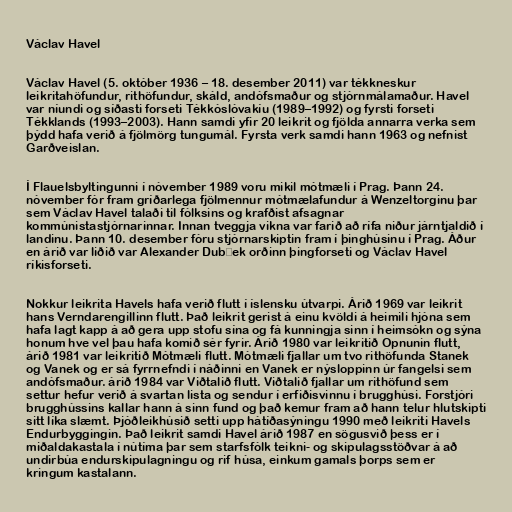
Václav Havel

Václav Havel (5. október 1936 – 18. desember 2011) var tékkneskur
leikritahöfundur, rithöfundur, skáld, andófsmaður og stjórnmálamaður. Havel
var níundi og síðasti forseti Tékkóslóvakíu (1989–1992) og fyrsti forseti
Tékklands (1993–2003). Hann samdi yfir 20 leikrit og fjölda annarra verka sem
þýdd hafa verið á fjölmörg tungumál. Fyrsta verk samdi hann 1963 og nefnist
Garðveislan.

Í Flauelsbyltingunni í nóvember 1989 voru mikil mótmæli í Prag. Þann 24.
nóvember fór fram gríðarlega fjölmennur mótmælafundur á Wenzeltorginu þar
sem Václav Havel talaði til fólksins og krafðist afsagnar
kommúnistastjórnarinnar. Innan tveggja vikna var farið að rífa niður járntjaldið í
landinu. Þann 10. desember fóru stjórnarskiptin fram í þinghúsinu í Prag. Áður
en árið var liðið var Alexander Dubček orðinn þingforseti og Václav Havel
ríkisforseti.

Nokkur leikrita Havels hafa verið flutt í íslensku útvarpi. Árið 1969 var leikrit
hans Verndarengillinn flutt. Það leikrit gerist á einu kvöldi á heimili hjóna sem
hafa lagt kapp á að gera upp stofu sína og fá kunningja sinn í heimsókn og sýna
honum hve vel þau hafa komið sér fyrir. Árið 1980 var leikritið Opnunin flutt,
árið 1981 var leikritið Mótmæli flutt. Mótmæli fjallar um tvo rithöfunda Stanek
og Vanek og er sá fyrrnefndi í náðinni en Vanek er nýsloppinn úr fangelsi sem
andófsmaður. árið 1984 var Viðtalið flutt. Viðtalið fjallar um rithöfund sem
settur hefur verið á svartan lista og sendur í erfiðisvinnu í brugghúsi. Forstjóri
brugghússins kallar hann á sinn fund og það kemur fram að hann telur hlutskipti
sitt líka slæmt. Þjóðleikhúsið setti upp hátíðasýningu 1990 með leikriti Havels
Endurbyggingin. Það leikrit samdi Havel árið 1987 en sögusvið þess er í
miðaldakastala í nútíma þar sem starfsfólk teikni- og skipulagsstöðvar á að
undirbúa endurskipulagningu og rif húsa, einkum gamals þorps sem er
kringum kastalann.